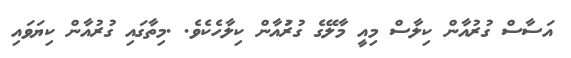
އަސާސް ގުރުއާން ކިލާސް މިއީ މާލޭގެ ގުރުައާން ކިލާހެކެވެ. .މިތާގައި ގުރުއާން ކިޔަވަައި